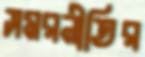
সমরনীতির